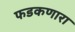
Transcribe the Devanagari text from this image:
फडकणारा